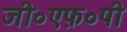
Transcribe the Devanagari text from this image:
जी०एफ़०पी